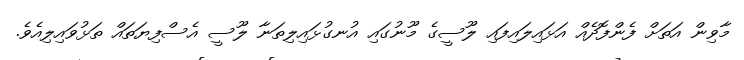
މާވިން އަތަށް ފެންފޮދެއް އަޅައިލައިފައި ލޫސީގެ މޫނުގައި އުނގުޅައިލިތަނާ ލޫސީ އެސްފިޔަތައް ތަޅުވައިލިއެވެ.